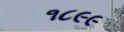
૧૮૯૯